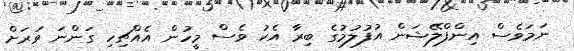
ނަމަވެސް އިންފްލޭޝަން އުފުލުމުގެ ބިރާ އެކު ވެސް މީހުން އެއްޗިހި ގަންނަ ވަރަށް